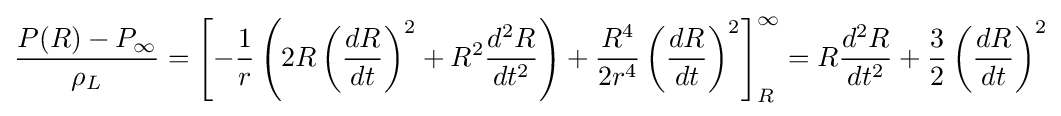
{{\frac {P(R)-P_{\infty }}{\rho _{L}}}=\left[-{\frac {1}{r}}\left(2R\left({\frac {dR}{dt}}\right)^{2}+R^{2}{\frac {d^{2}R}{dt^{2}}}\right)+{\frac {R^{4}}{2r^{4}}}\left({\frac {dR}{dt}}\right)^{2}\right]_{R}^{\infty }=R{\frac {d^{2}R}{dt^{2}}}+{\frac {3}{2}}\left({\frac {dR}{dt}}\right)^{2}}